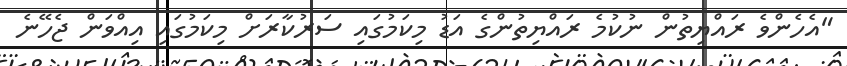
"އެހެންވެ ރައްޔިތުން ނުކުމެ ރައްޔިތުންގެ އަޑު މިކަމުގައި ސަރުކާރަށް މިކަމުގައި އިއްވަން ޖެހޭނެ